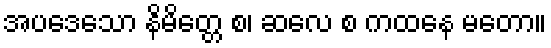
အပဒေသော နိမိတ္တေ စ၊ ဆလေ စ ကထနေ မတော။